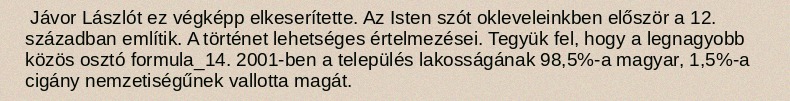
Jávor Lászlót ez végképp elkeserítette. Az Isten szót okleveleinkben először a 12. században említik. A történet lehetséges értelmezései. Tegyük fel, hogy a legnagyobb közös osztó formula_14. 2001-ben a település lakosságának 98,5%-a magyar, 1,5%-a cigány nemzetiségűnek vallotta magát.